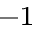
^ { - 1 }